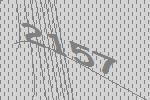
2157